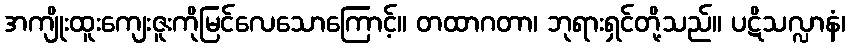
အကျိုးထူးကျေးဇူးကိုမြင်လေသောကြောင့်။ တထာဂတာ၊ ဘုရားရှင်တို့သည်။ ပဋိသလ္လာနံ၊